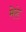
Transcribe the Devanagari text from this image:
मेरूं